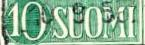
10SUOMI